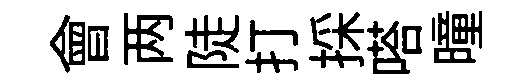
會两陡打採嗒曈